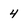
Character: 4